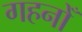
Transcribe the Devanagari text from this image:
गहनोँ